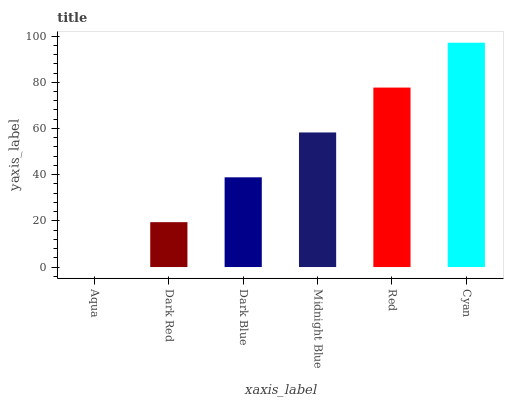
| xaxis_label | bars |
 | --- | --- |
 | Aqua | 0 |
 | Dark Red | 19.4 |
 | Dark Blue | 38.9 |
 | Midnight Blue | 58.3 |
 | Red | 77.7 |
 | Cyan | 97.1 |